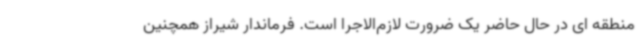
منطقه ای در حال حاضر یک ضرورت لازم‌الاجرا است. فرماندار شیراز همچنین